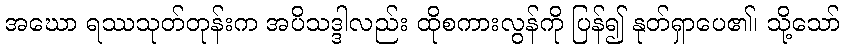
အဃော ရဿသုတ်တုန်းက အပိသဒ္ဒါလည်း ထိုစကားလွန်ကို ပြန်၍ နုတ်ရှာပေ၏၊ သို့သော်